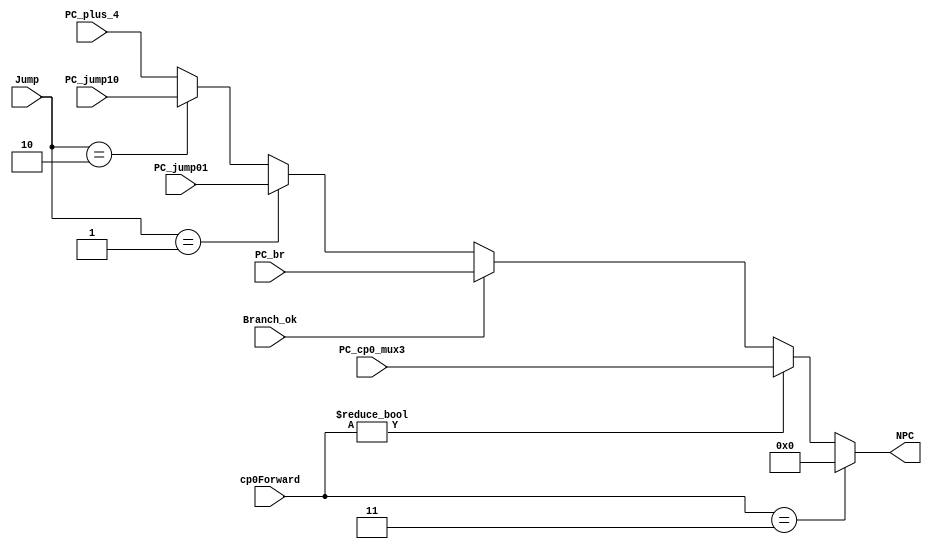
module npc(PC_plus_4,PC_br,PC_jump01,PC_jump10,Branch_ok,Jump,NPC,PC_cp0_mux3,cp0Forward);
	input [31:2]      PC_plus_4;
	input [31:2]  	  PC_br;
	input [31:2]	  PC_jump01;
	input [31:2]	  PC_jump10;
	input		 	  Branch_ok;
	input [1:0]	 	  Jump;

	input [31:2]      PC_cp0_mux3;
	input [ 1:0]      cp0Forward;
	output[31:2]      NPC;

	parameter EXC_ENTER_ADDR = 30'b0;
	assign NPC = ((cp0Forward == 2'b11) ? EXC_ENTER_ADDR :
		         ((cp0Forward != 2'b00) ? PC_cp0_mux3    :
				 ((Branch_ok==1)        ? PC_br          :
		         ((Jump==2'b01)         ? PC_jump01      : 
		         ((Jump==2'b10)         ? PC_jump10      : PC_plus_4)))));
endmodule